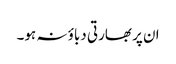
ان پر بھارتی دباؤ نہ ہو۔